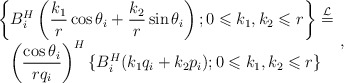
\begin{align*}\begin{array}{c}\displaystyle \left\{B_i^{H}\left(\frac{k_1}{r}\cos \theta_i+\frac{k_2}{r}\sin \theta_i\right);0\leqslant k_1,k_2\leqslant r\right\}\overset{\mathcal{L}}{=}\\ \displaystyle \left(\frac{\cos \theta_i}{rq_i}\right)^{H}\{B_i^{H}(k_1q_i+k_2p_i);0\leqslant k_1,k_2\leqslant r\}\end{array},\end{align*}